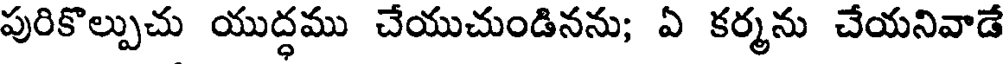
పురికొల్పుచు యుద్ధము చేయుచుండినను; ఏ కర్మను చేయనివాడే